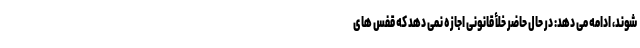
شوند، ادامه مى دهد: در حال حاضر خلأ قانونى اجازه نمى دهد که قفس هاى